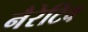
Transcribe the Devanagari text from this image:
नैरेटिव